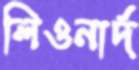
লিওনার্দ